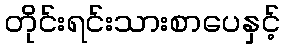
တိုင်းရင်းသားစာပေနှင့်